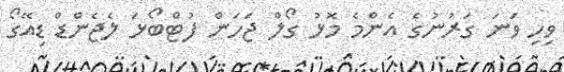
ވިހި ވަނަ ގަރުނުގެ އެންމެ މޮޅު ގޯލް ޖަހަން ފުޓްބޯޅަ ލެޖެންޑް ޑިއޭގޯ